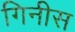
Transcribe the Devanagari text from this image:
गिनीस